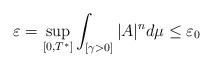
LaTeX: \begin{align*}\varepsilon = \sup_{[0,T^*]}\int_{[\gamma>0]}|A|^nd\mu\le\varepsilon_0\end{align*}